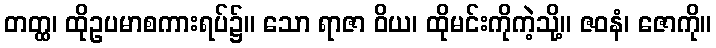
တတ္ထ၊ ထိုဥပမာစကားရပ်၌။ သော ရာဇာ ဝိယ၊ ထိုမင်းကိုကဲ့သို့။ ဇဝနံ၊ ဇောကို။